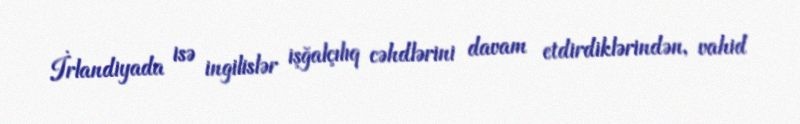
İrlandiyada isə ingilislər işğalçılıq cəhdlərini davam etdirdiklərindən, vahid